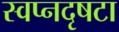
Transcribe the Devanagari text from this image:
स्वप्नदृषटा